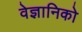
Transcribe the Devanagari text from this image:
वेज्ञानिको